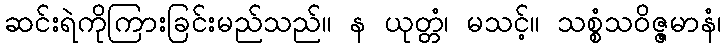
ဆင်းရဲကိုကြားခြင်းမည်သည်။ န ယုတ္တံ၊ မသင့်။ သစ္စံသဝိဇ္ဇမာနံ၊